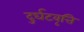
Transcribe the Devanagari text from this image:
दुर्घटवृत्ति